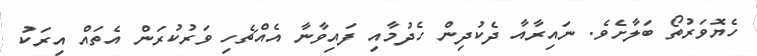
ހެޔޮވަރުތޯ ބަލާށެވެ. ނައިރާއާ ދެކުދިން ހެދުމާއި ފައިވާނާ އެއްޗެހި ވަރުކުރަން އެތައް އިރަކު